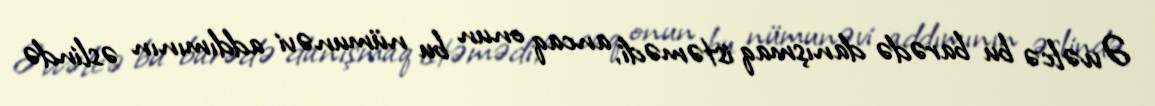
Əvvəlcə bu barədə danışmaq istəmədi, ancaq onun bu nümunəvi addımının əslində